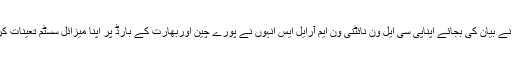
چین نے بیان کی بجائے اپناپی سی ایل ون نائٹنی ون ایم آرایل ایس انہوں نے پورے چین اوربھارت کے بارڈ پر اپنا میزائل سسٹم تعینات کر دیا۔